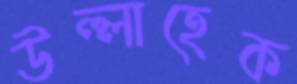
উল্লাহেক